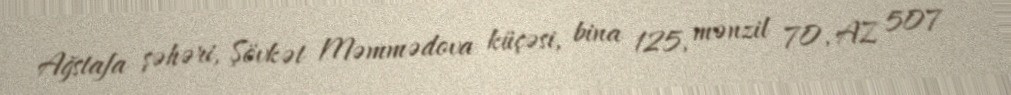
Ağstafa şəhəri, Şövkət Məmmədova küçəsi, bina 125, mənzil 70, AZ 507